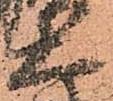
大